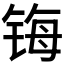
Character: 𰾄